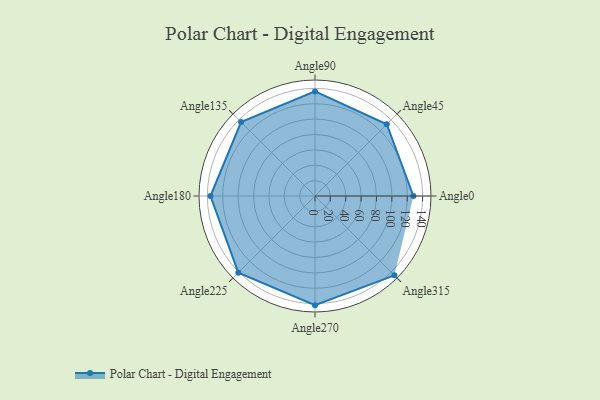
{"axis": {"x": "Angle", "y": "Radius"}, "legend": [""], "data": [{"x": "Angle0", "y": 128.0, "type": ""}, {"x": "Angle45", "y": 132.0, "type": ""}, {"x": "Angle90", "y": 136.0, "type": ""}, {"x": "Angle135", "y": 136.0, "type": ""}, {"x": "Angle180", "y": 136.0, "type": ""}, {"x": "Angle225", "y": 141.0, "type": ""}, {"x": "Angle270", "y": 142.0, "type": ""}, {"x": "Angle315", "y": 146.0, "type": ""}]}